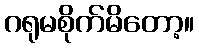
ဂရုမစိုက်မိတော့။